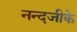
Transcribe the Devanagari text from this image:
नन्दजीके